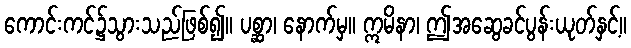
ကောင်းကင်၌သွားသည်ဖြစ်၍။ ပစ္ဆာ၊ နောက်မှ။ ဣမိနာ၊ ဤအဆွေခင်ပွန်းယုတ်နှင့်။